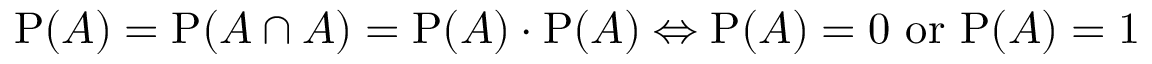
\mathrm { P } ( A ) = \mathrm { P } ( A \cap A ) = \mathrm { P } ( A ) \cdot \mathrm { P } ( A ) \Leftrightarrow \mathrm { P } ( A ) = 0 { \mathrm { ~ o r ~ } } \mathrm { P } ( A ) = 1